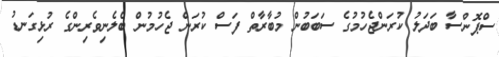
ސްޕޮންސާ ބަދަލު ކުރަންޖެހުމުގެ ސަބަބުން މުބާރާތް ފަސް ކުރަން ޖެހުމުން ބެލެނިވެރިންގެ ރުޅިގަނޑު